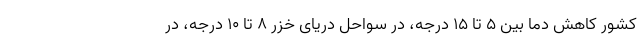
کشور کاهش دما بین ۵ تا ۱۵ درجه، در سواحل دریای خزر ۸ تا ۱۰ درجه، در